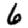
Digit: 6